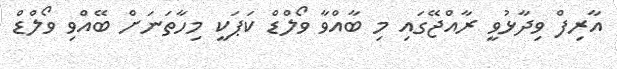
އާރިފް ވިދާޅުވީ ރާއްޖޭގައި މި ބާއްވާ ވޯލްޑް ކަޕަކީ މިހާތަނަށް ބޭއްވި ވޯލްޑް